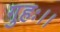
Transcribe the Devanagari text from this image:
गुहः।।